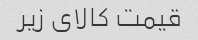
قیمت کالای زیر